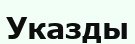
Указды